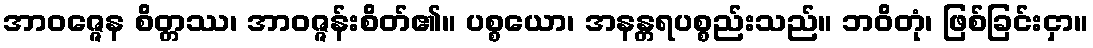
အာဝဇ္ဇေန စိတ္တဿ၊ အာဝဇ္ဇန်းစိတ်၏။ ပစ္စယော၊ အနန္တရပစ္စည်းသည်။ ဘဝိတုံ၊ ဖြစ်ခြင်းငှာ။